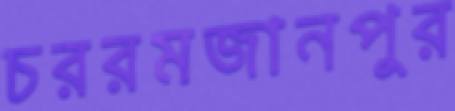
চররমজানপুর